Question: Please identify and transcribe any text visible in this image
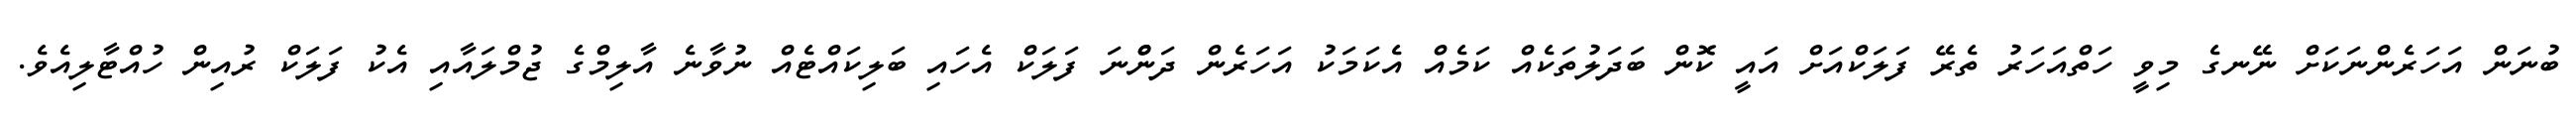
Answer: ބުނަން އަހަރެންނަކަށް ނޭނގެ މިވީ ހަތްއަހަރު ތެރޭ ފަލަކްއަށް އައީ ކޮން ބަދަލުތަކެއް ކަމެއް އެކަމަކު އަހަރެން ދަންްނަ ފަލަކް އެހައި ބަލިކައްޓެއް ނުވާނެ އާލިމްގެ ޖުމްލައާއި އެކު ފަލަކް ރުއިން ހުއްޓާލިއެވެ.